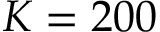
K = 2 0 0